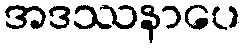
အဒဿနာပေ